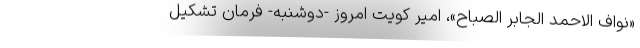
«‌نواف الاحمد الجابر الصباح»، امیر کویت امروز -دوشنبه- فرمان تشکیل